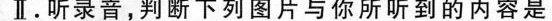
Ⅱ。听录音，判断下列图片与你所听到的内容是